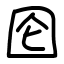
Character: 囵